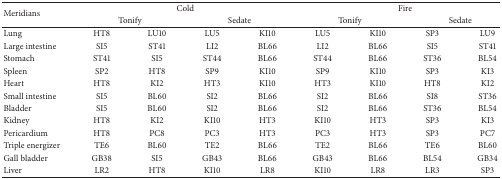
| <ROWSPAN=2> Meridians | <COLSPAN=4> Cold | <COLSPAN=4> Fire |
 | <COLSPAN=2> Tonify | <COLSPAN=2> Sedate | <COLSPAN=2> Tonify | <COLSPAN=2> Sedate |
 | --- | --- | --- | --- | --- | --- | --- | --- | --- |
 | Lung | HT8 | LU10 | LU5 | KI10 | LU5 | KI10 | SP3 | LU9 |
 | Large intestine | SI5 | ST41 | LI2 | BL66 | LI2 | BL66 | SI5 | ST41 |
 | Stomach | ST41 | SI5 | ST44 | BL66 | ST44 | BL66 | ST36 | BL54 |
 | Spleen | SP2 | HT8 | SP9 | KI10 | SP9 | KI10 | SP3 | KI3 |
 | Heart | HT8 | KI2 | HT3 | KI10 | HT3 | KI10 | HT8 | KI2 |
 | Small intestine | SI5 | BL60 | SI2 | BL66 | SI2 | BL66 | SI8 | ST36 |
 | Bladder | SI5 | BL60 | SI2 | BL66 | SI2 | BL66 | ST36 | BL54 |
 | Kidney | HT8 | KI2 | KI10 | HT3 | KI10 | HT3 | SP3 | KI3 |
 | Pericardium | HT8 | PC8 | PC3 | HT3 | PC3 | HT3 | SP3 | PC7 |
 | Triple energizer | TE6 | BL60 | TE2 | BL66 | TE2 | BL66 | TE6 | BL60 |
 | Gall bladder | GB38 | SI5 | GB43 | BL66 | GB43 | BL66 | BL54 | GB34 |
 | Liver | LR2 | HT8 | KI10 | LR8 | KI10 | LR8 | LR3 | SP3 |